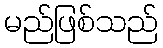
မည်ဖြစ်သည်